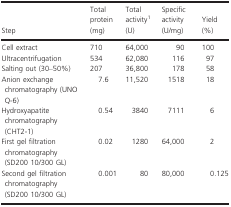
<table><thead><tr><td><b>Step</b></td><td><b>Total protein (mg)</b></td><td><b>Total activity1 (U)</b></td><td><b>Specific activity (U/mg)</b></td><td><b>Yield (%)</b></td></tr></thead><tbody><tr><td>Cell extract</td><td>710</td><td>64,000</td><td>90</td><td>100</td></tr><tr><td>Ultracentrifugation</td><td>534</td><td>62,080</td><td>116</td><td>97</td></tr><tr><td>Salting out (30–50%)</td><td>207</td><td>36,800</td><td>178</td><td>58</td></tr><tr><td>Anion exchange chromatography (UNO Q-6)</td><td>7.6</td><td>11,520</td><td>1518</td><td>18</td></tr><tr><td>Hydroxyapatite chromatography (CHT2-1)</td><td>0.54</td><td>3840</td><td>7111</td><td>6</td></tr><tr><td>First gel filtration chromatography (SD200 10/300 GL)</td><td>0.02</td><td>1280</td><td>64,000</td><td>2</td></tr><tr><td>Second gel filtration chromatography (SD200 10/300 GL)</td><td>0.001</td><td>80</td><td>80,000</td><td>0.125</td></tr></tbody></table>